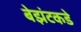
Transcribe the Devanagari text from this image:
बेझंटकडे